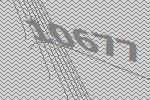
10677